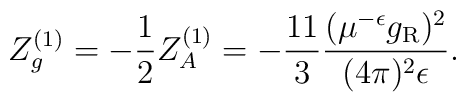
Z_g^{(1)} =-\frac12Z_A^{(1)} =-\frac{11}3\frac{(\mu^{-\epsilon}g_{\rm R})^2}{(4\pi)^2\epsilon}.